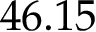
4 6 . 1 5